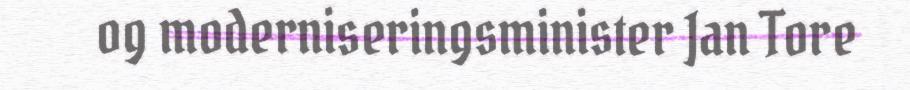
og moderniseringsminister Jan Tore